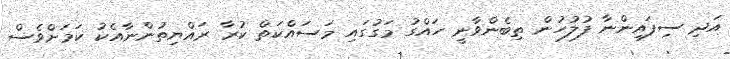
އަދި ސިފައިންނާ ފުލުހުން ތިބެންވާނީ ހައްގު މަގުގައި މަސައްކަތް ކުރާ ރައްޔިތުންނާއެކު ކަމަށްވެސް